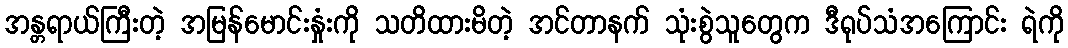
အန္တရာယ်ကြီးတဲ့ အမြန်မောင်းနှုံးကို သတိထားမိတဲ့ အင်တာနက် သုံးစွဲသူတွေက ဒီရုပ်သံအကြောင်း ရဲကို